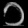
Digit: ၁